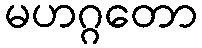
မဟဂ္ဂတော